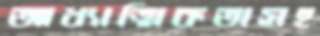
আধ্যাত্মিকতাসহ